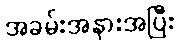
အခမ်းအနားအပြီး